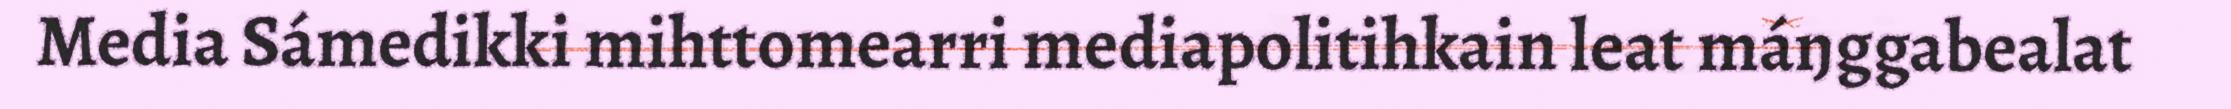
Media Sámedikki mihttomearri mediapolitihkain leat máŋggabealat